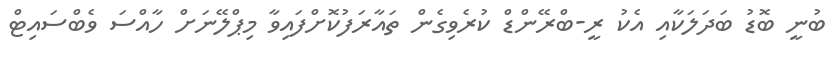
ބުނީ ބޮޑު ބަދަލަކާއި އެކު ރީ-ބްރޭންޑް ކުރެވިގެން ތައާރަފުކޮށްފައިވާ މިޕްލޭނަށް ހާއްސަ ވެބްސައިޓް